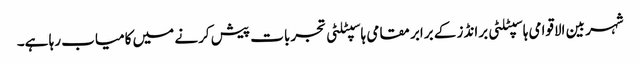
شہر بین الاقوامی ہاسپٹلٹی برانڈز کے برابر مقامی ہاسپٹلٹی تجربات پیش کرنے میں کامیاب رہا ہے۔